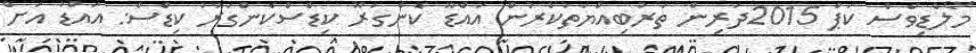
މޯލްޑިވްސް ކަޕް 2015ދަރިން ތަރުބިއްޔަތުކުރުން އައްޑޫ ކެންގަރޫ ކިޑްސްކެންގަރޫ ކިޑްސް: އައްޑު އަށް